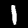
Label: 1